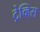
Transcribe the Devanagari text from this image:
ट्रेव्हिस